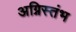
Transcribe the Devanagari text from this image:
अग्निस्तंभ